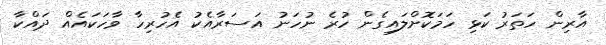
އާރިން ހަތަރު ކަޅި ހަމަކޮށްލައިގެން ހުރެ ނުހަނު އަސަރާއެކު އެހުރިހާ ވާހަކައެއް ދައްކާ